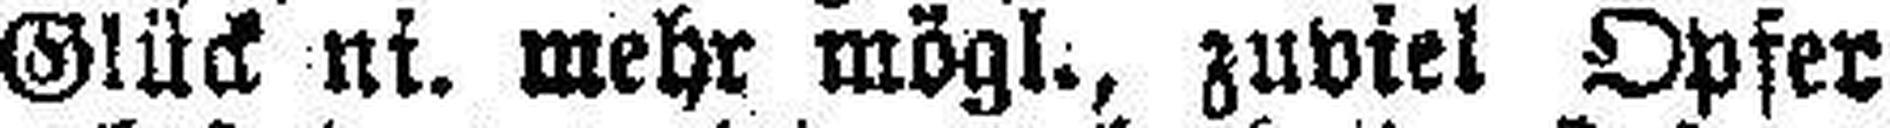
Glück ni. mehr mögl., zuviel Opfer